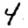
Digit: 4